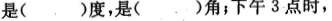
(。)度，是()角；下午3点时，